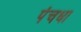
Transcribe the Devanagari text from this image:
पंचधा